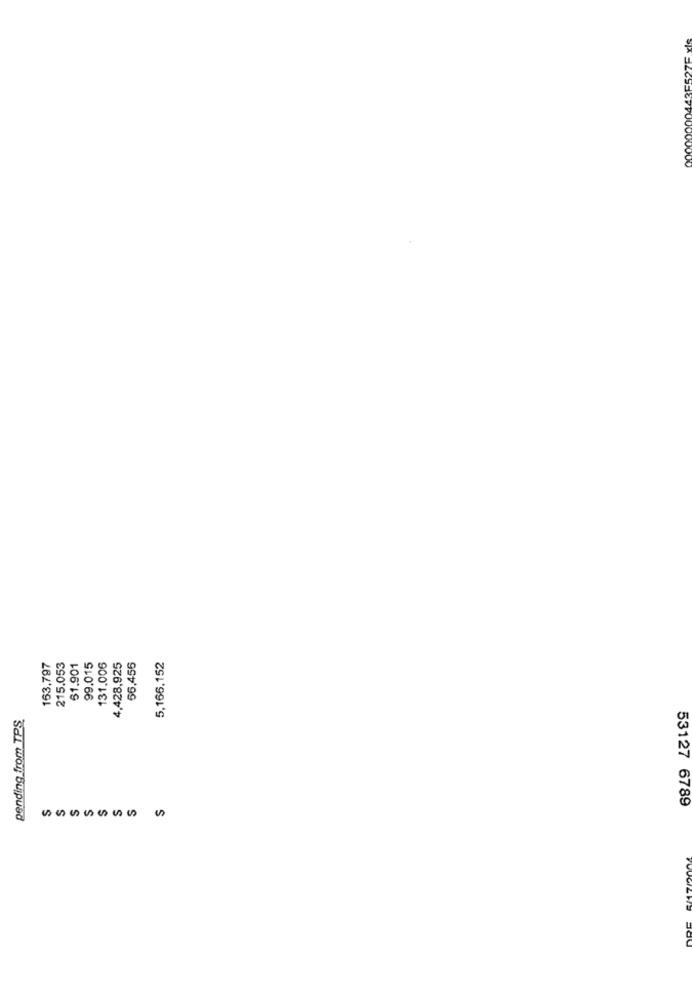
2ES27E vie
163,797
215.053
61.901
99.015
131.006
4,428,925
56,456
5,166,152
pending from TPS.
53127 6789